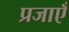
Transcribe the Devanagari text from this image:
प्रजाएँ